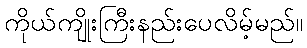
ကိုယ်ကျိုးကြီးနည်းပေလိမ့်မည်။